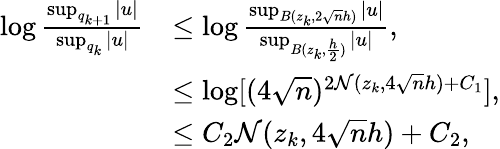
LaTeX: \begin{array}{rl}{\log\frac{\operatorname*{sup}_{q_{k+1}}|u|}{\operatorname*{sup}_{q_{k}}|u|}}&{\leq\log\frac{\operatorname*{sup}_{B(z_{k},2\sqrt{n}h)}|u|}{\operatorname*{sup}_{B(z_{k},\frac{h}{2})}|u|},}\\ &{\leq\log[(4\sqrt{n})^{2\mathcal{N}(z_{k},4\sqrt{n}h)+C_{1}}],}\\ &{\leq C_{2}\mathcal{N}(z_{k},4\sqrt{n}h)+C_{2},}\end{array}